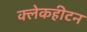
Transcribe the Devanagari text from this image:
क्लेकहीटन